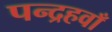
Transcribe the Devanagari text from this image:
पन्द्रहवाँ